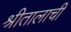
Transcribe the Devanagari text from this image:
श्रीतालाची